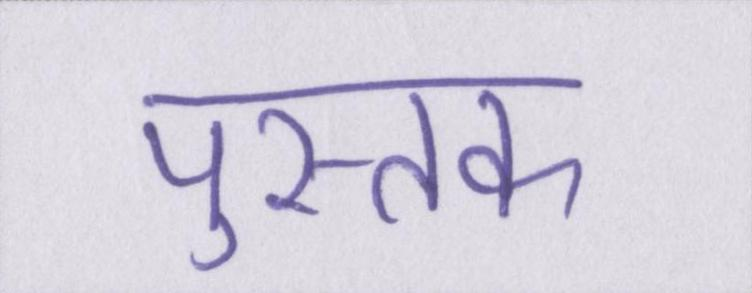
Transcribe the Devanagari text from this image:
पुस्तक